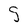
Character: g